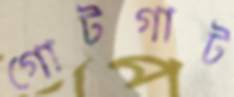
গোটগাট